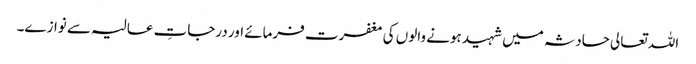
اللہ تعالی حادثہ میں شہید ہونے والوں کی مغفرت فرمائے اور درجاتِ عالیہ سے نوازے۔